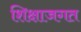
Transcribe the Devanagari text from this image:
शिक्षाजगत